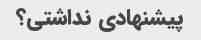
پیشنهادی نداشتی؟